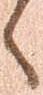
へ